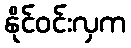
နိုင်ဝင်းလှက